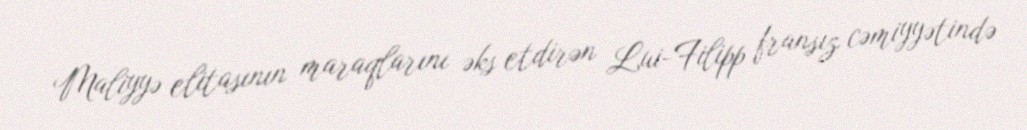
Maliyyə elitasının maraqlarını əks etdirən Lui-Filipp fransız cəmiyyətində